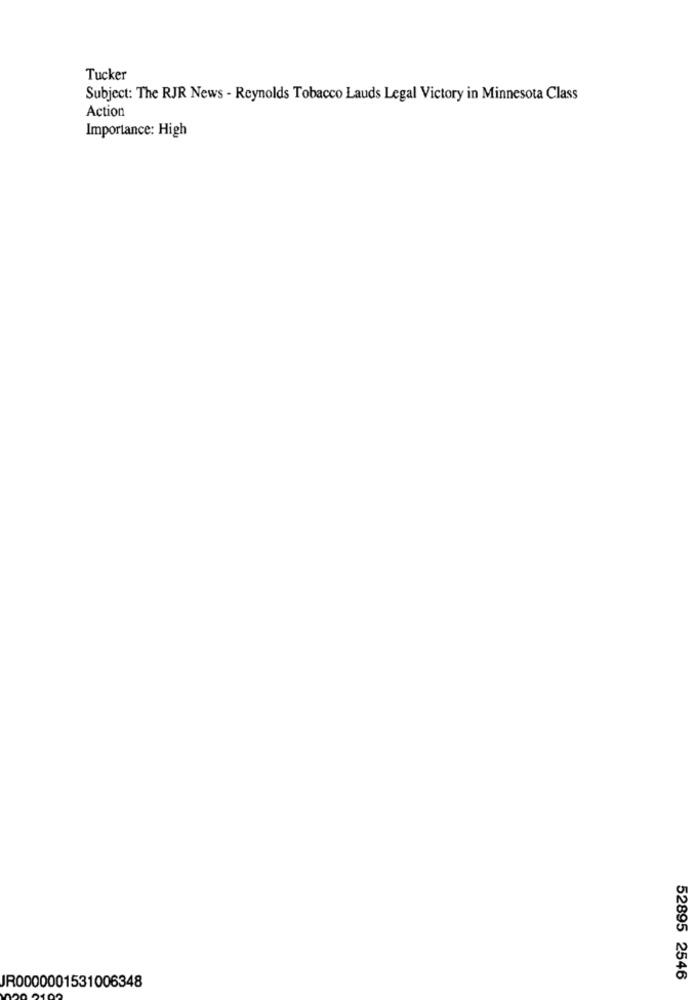
Tucker
Subject: The RJR News - Reynolds Tobacco Lauds Legal Victory in Minnesota Class
Action
Importance: High
52895 2546
JR0000001531006348